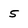
Character: 5